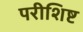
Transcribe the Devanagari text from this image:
परीशिष्ट